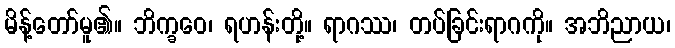
မိန့်တော်မူ၏။ ဘိက္ခဝေ၊ ရဟန်းတို့။ ရာဂဿ၊ တပ်ခြင်းရာဂကို။ အဘိညာယ၊